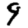
Digit: 9